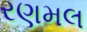
રણમલ